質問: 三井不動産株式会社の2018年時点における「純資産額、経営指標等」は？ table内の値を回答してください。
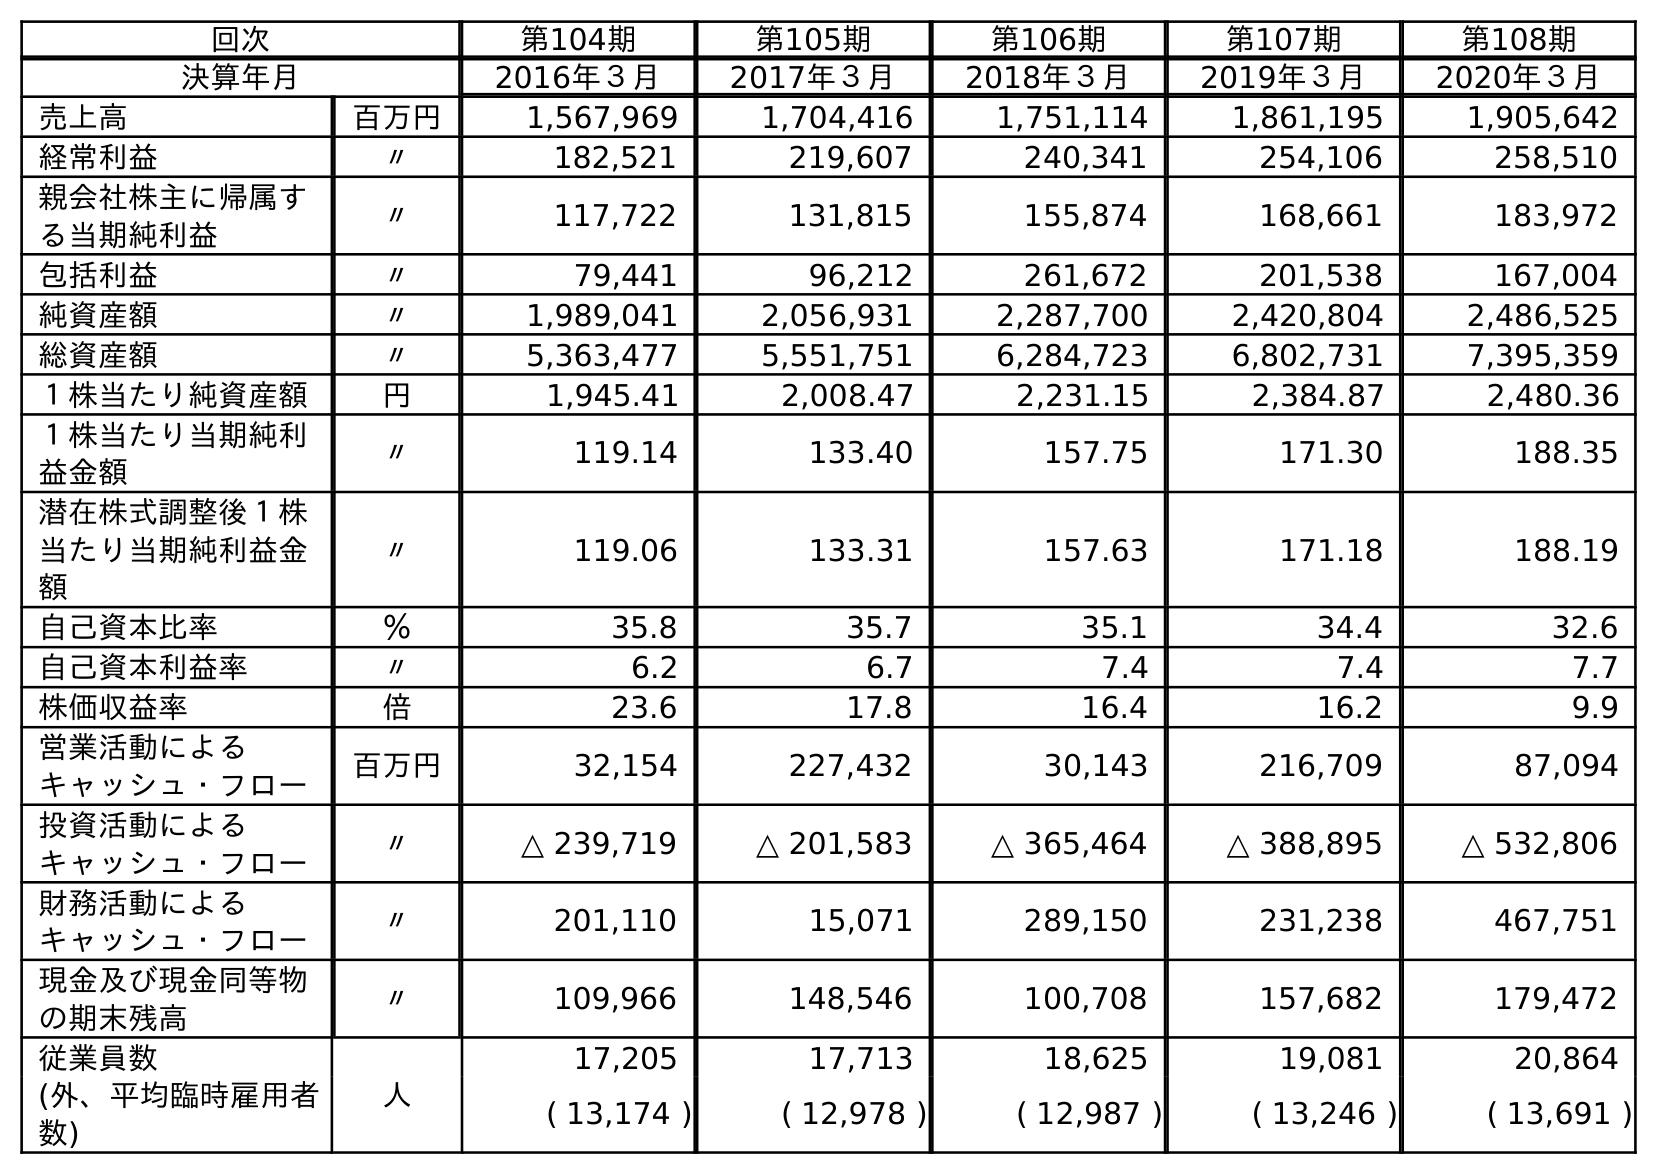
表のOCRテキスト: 回次 第104期 第105期 第106期 第107期 第108期 決算年月 2016年３月 2017年３月 2018年３月 2019年３月 2020年３月 売上高 百万円 1,567,969 1,704,416 1,751,114 1,861,195 1,905,642 経常利益 〃 182,521 219,607 240,341 254,106 258,510 親会社株主に帰属す る当期純利益 〃 117,722 131,815 155,874 168,661 183,972 包括利益 〃 79,441 96,212 261,672 201,538 167,004 純資産額 〃 1,989,041 2,056,931 2,287,700 2,420,804 2,486,525 総資産額 〃 5,363,477 5,551,751 6,284,723 6,802,731 7,395,359 １株当たり純資産額 円 1,945.41 2,008.47 2,231.15 2,384.87 2,480.36 １株当たり当期純利 益金額 〃 119.14 133.40 157.75 171.30 188.35 潜在株式調整後１株 当たり当期純利益金 額 〃 119.06 133.31 157.63 171.18 188.19 自己資本比率 ％ 35.8 35.7 35.1 34.4 32.6 自己資本利益率 〃 6.2 6.7 7.4 7.4 7.7 株価収益率 倍 23.6 17.8 16.4 16.2 9.9 営業活動による キャッシュ・フロー 百万円 32,154 227,432 30,143 216,709 87,094 投資活動による キャッシュ・フロー 〃 △ 239,719 △ 201,583 △ 365,464 △ 388,895 △ 532,806 財務活動による キャッシュ・フロー 〃 201,110 15,071 289,150 231,238 467,751 現金及び現金同等物 の期末残高 〃 109,966 148,546 100,708 157,682 179,472 従業員数 人 17,205 17,713 18,625 19,081 20,864 (外、平均臨時雇用者 数) ( 13,174 ) ( 12,978 ) ( 12,987 ) ( 13,246 ) ( 13,691 )
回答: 2,287,700